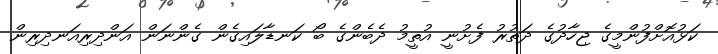
ކަޅުއޮށްފުންމީގެ ޖިހާދުގެ ދަތުރު ފެށުނީ އުތީމު ދެބެންގެ ބޯ ކަނޑާލައިގެން ގެންނަން އަންދިރިއަނދިރިން